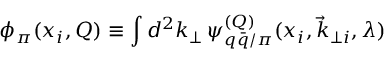
\phi _ { \pi } ( x _ { i } , Q ) \equiv \int d ^ { 2 } k _ { \perp } \, \psi _ { q \bar { q } / \pi } ^ { ( Q ) } ( x _ { i } , \vec { k } _ { \perp i } , \lambda )